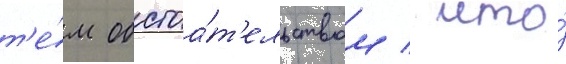
т'е́м обстоа́т'ельством / что́